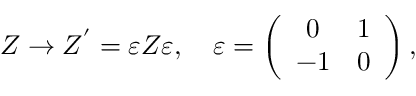
Z \rightarrow Z ^ { ' } = \varepsilon Z \varepsilon , \quad \varepsilon = \left( \begin{array} { c r c } { { 0 } } & { { 1 } } \\ { { - 1 } } & { { 0 } } \end{array} \right) ,